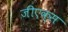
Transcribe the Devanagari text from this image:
जीएक्स